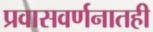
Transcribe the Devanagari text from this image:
प्रवासवर्णनातही